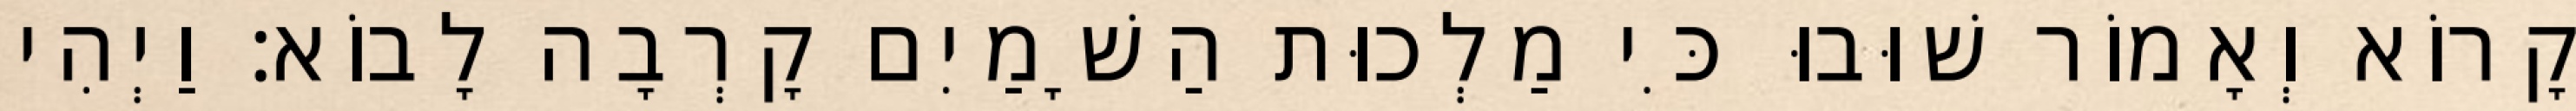
קָרוֹא וְאָמוֹר שׁוּבוּ כִּי מַלְכוּת הַשָׁמַיִם קָרְבָה לָבוֹא׃ וַיְהִי